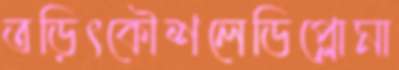
তড়িৎকৌশলেডিপ্লোমা